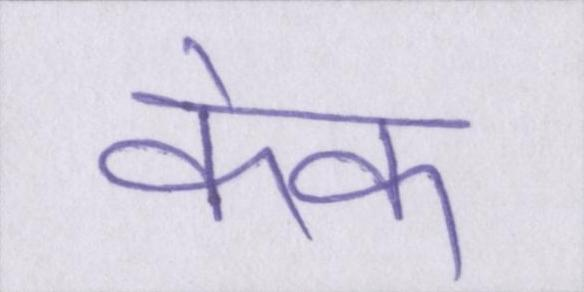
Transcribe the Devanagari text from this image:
केक